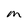
Character: M